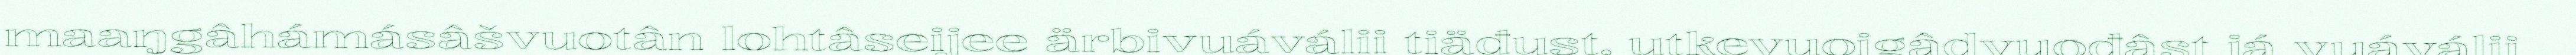
maaŋgâhámásâšvuotân lohtâseijee ärbivuáválii tiäđust, utkevuoigâdvuođâst já vuáválii